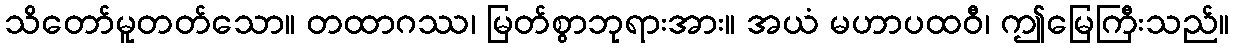
သိတော်မူတတ်သော။ တထာဂဿ၊ မြတ်စွာဘုရားအား။ အယံ မဟာပထဝီ၊ ဤမြေကြီးသည်။